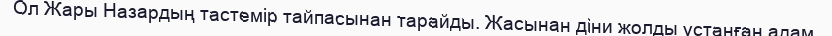
Ол Жары Назардың тастемір тайпасынан тарайды. Жасынан діни жолды ұстанған адам.